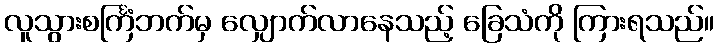
လူသွားစင်္ကြံဘက်မှ လျှောက်လာနေသည့် ခြေသံကို ကြားရသည်။